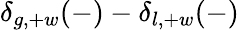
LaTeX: \delta_{g,+w}(-)-\delta_{l,+w}(-)